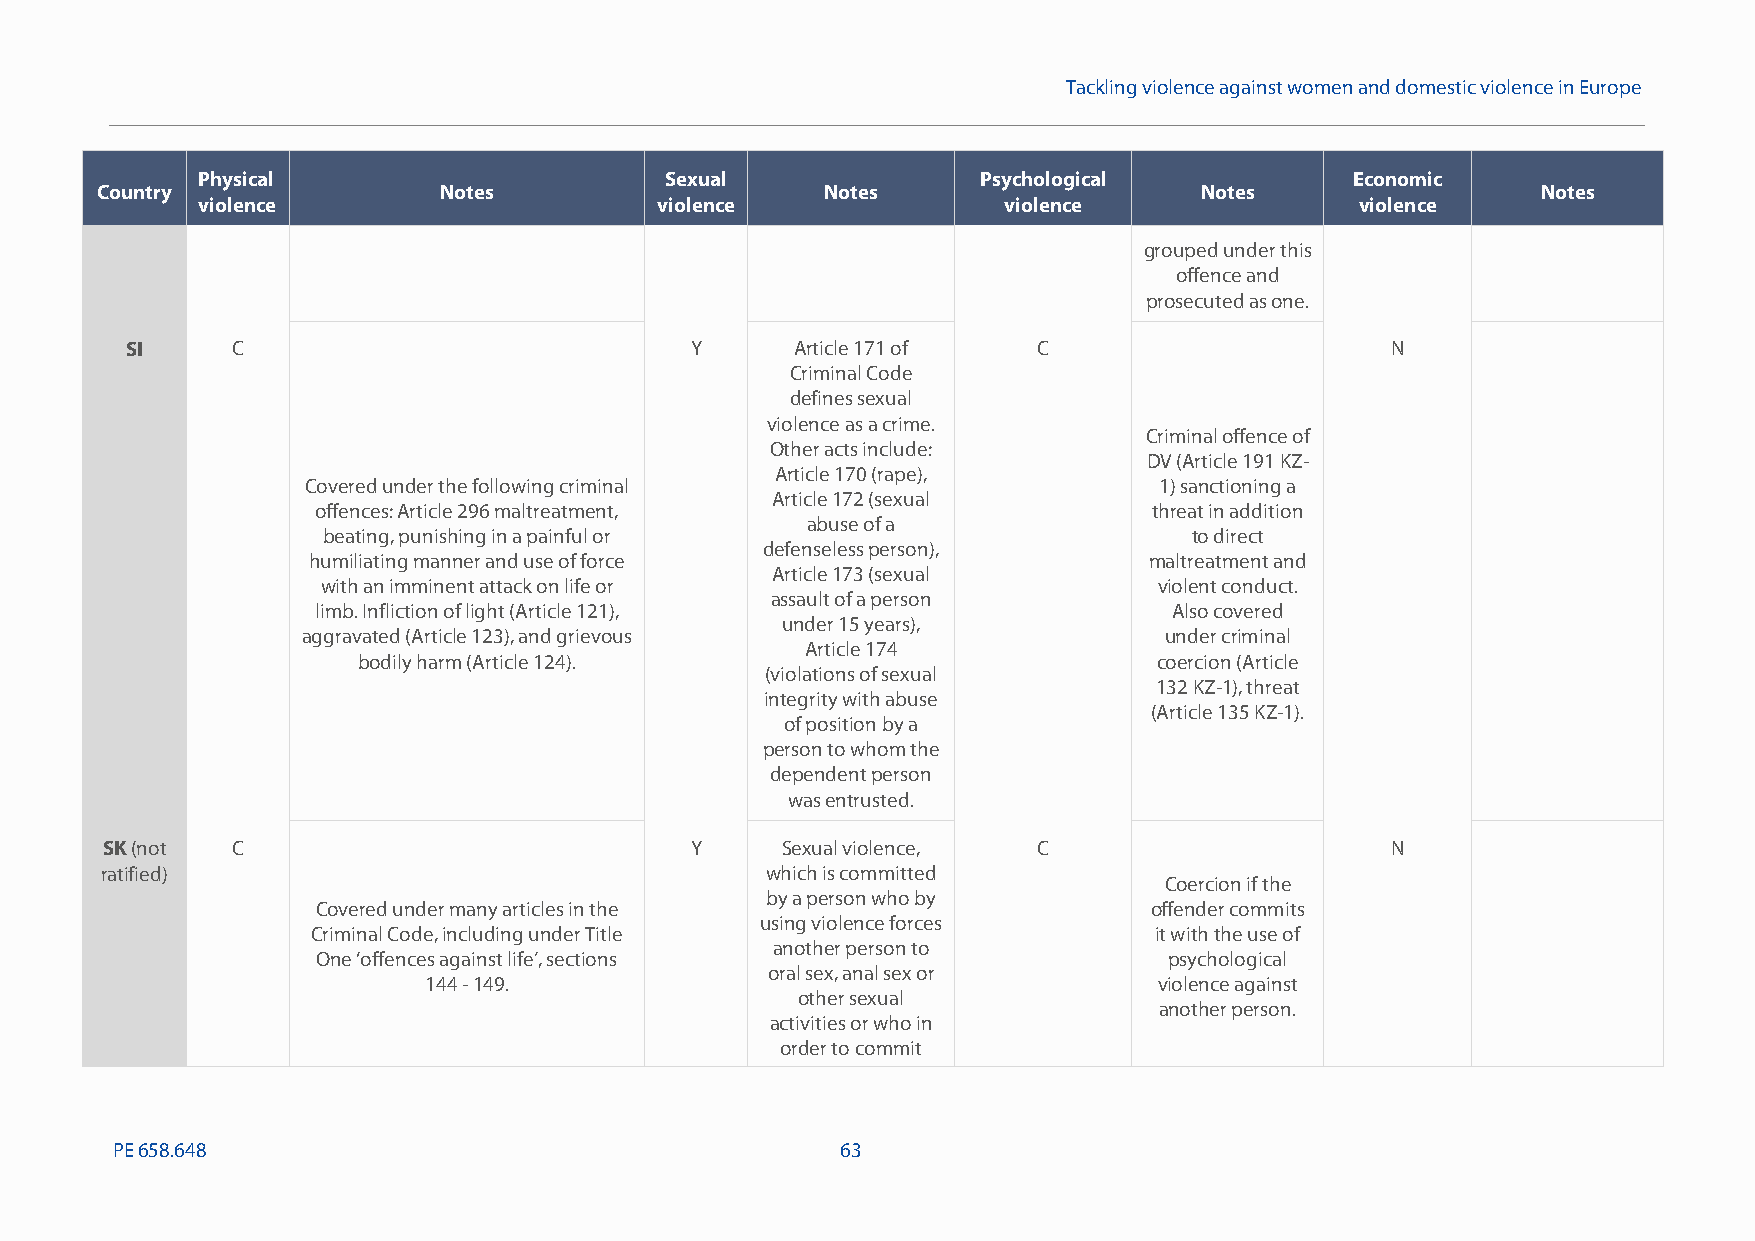
Tackling violence against women and domestic violence in Europe
 Physical                       Sexual               Psychological            Economic
 Country                Notes                     Notes                   Notes                  Notes
 violence                      violence               violence                violence
 grouped under this
 offence and
 prosecuted as one.
 SI     C                              Y      Article 171 of  C                      N
 Criminal Code
 defines sexual
 violence as a crime.
 Criminal offence of
 Other acts include:
 DV (Article 191 KZ-
 Article 170 (rape),
 Covered under the following criminal                     1) sanctioning a
 Article 172 (sexual
 offences: Article 296 maltreatment,                    threat in addition
 abuse of a
 beating, punishing in a painful or                        to direct
 defenseless person),
 humiliating manner and use of force                     maltreatment and
 Article 173 (sexual
 with an imminent attack on life or                      violent conduct.
 assault of a person
 limb. Infliction of light (Article 121),                 Also covered
 under 15 years),
 aggravated (Article 123), and grievous                   under criminal
 Article 174
 bodily harm (Article 124).                           coercion (Article
 (violations of sexual
 132 KZ-1), threat
 integrity with abuse
 (Article 135 KZ-1).
 of position by a
 person to whom the
 dependent person
 was entrusted.
 SK(not  C                              Y     Sexual violence, C                      N
 ratified)                                   which is committed
 Coercion if the
 by a person who by
 Covered under many articles in the                     offender commits
 using violence forces
 Criminal Code, including under Title                   it with the use of
 another person to
 One ‘offences against life’, sections                   psychological
 oral sex, anal sex or
 144-149.                                         violence against
 other sexual
 another person.
 activities or who in
 order to commit
 PE658.648                                        63